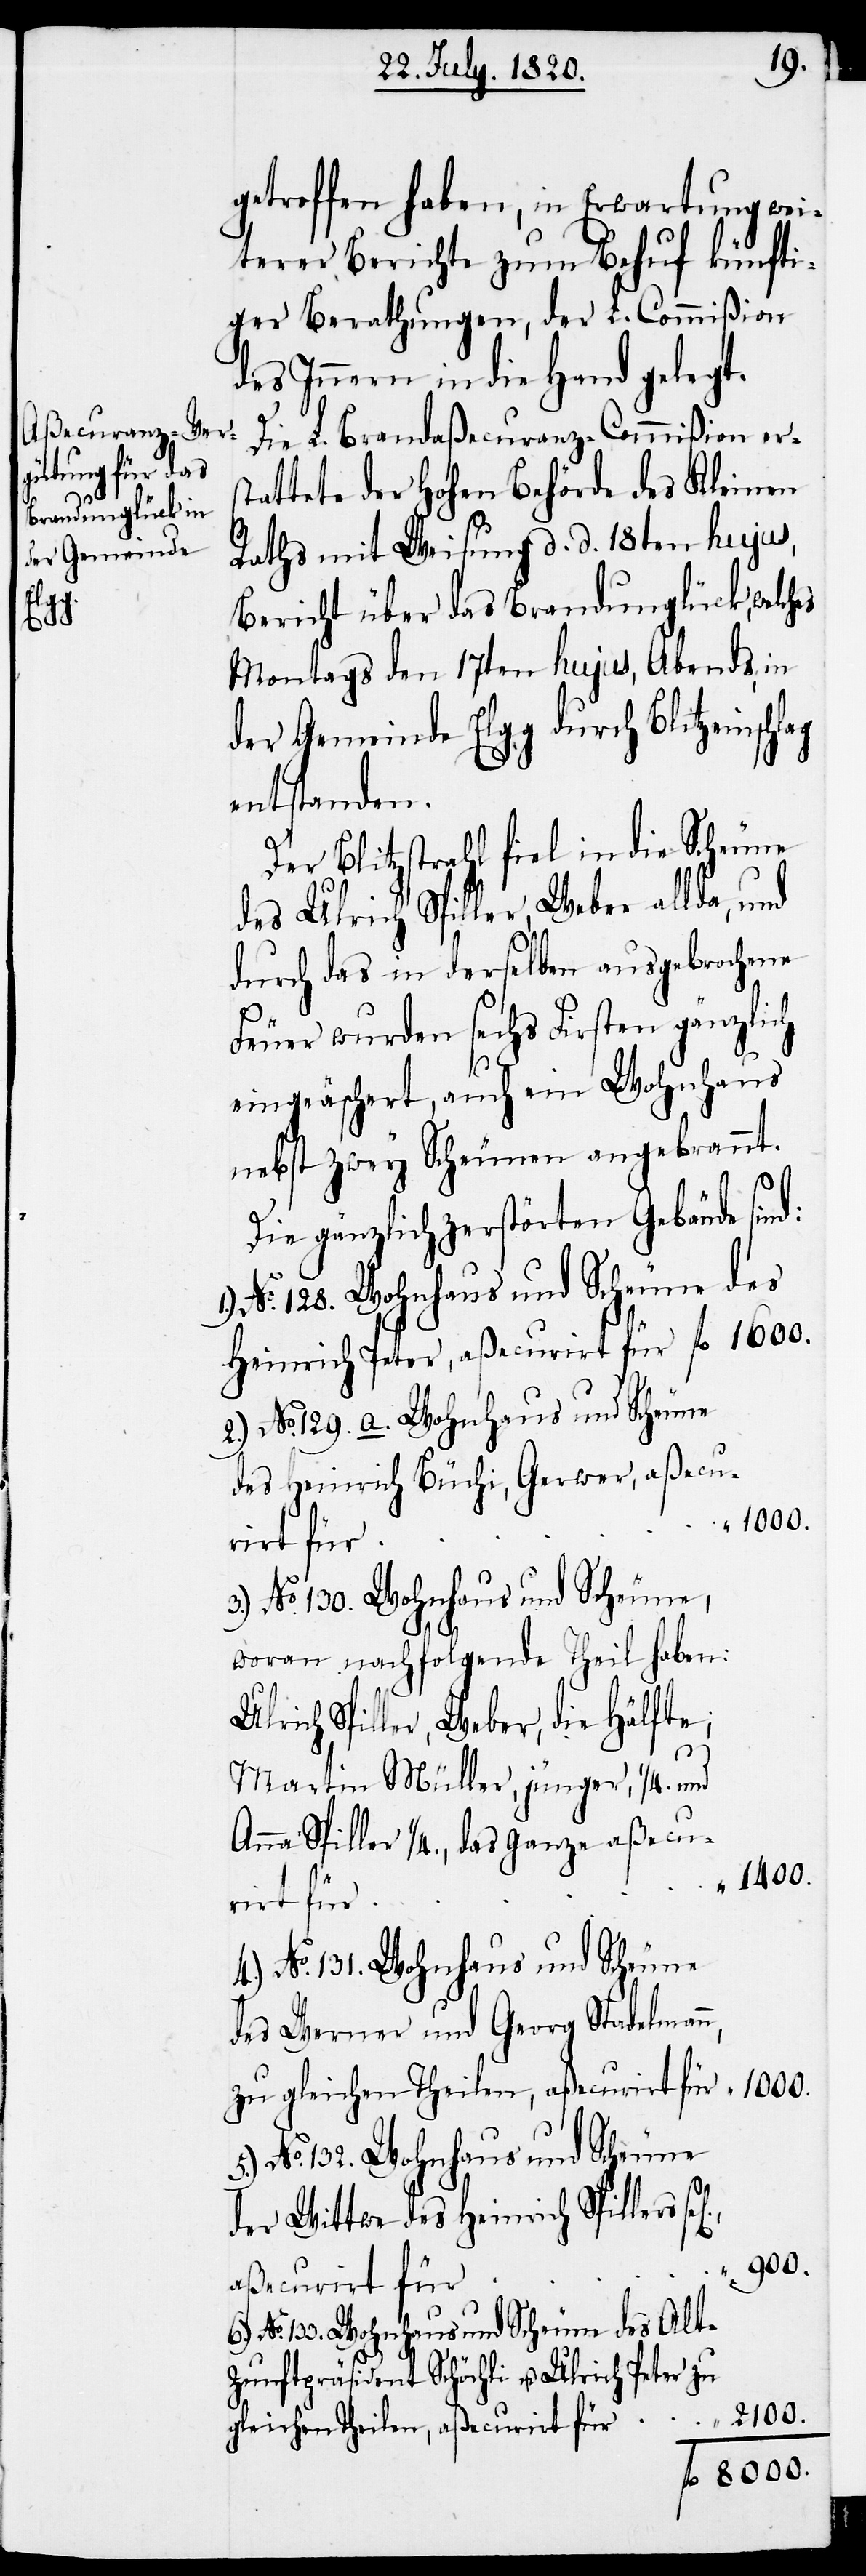
lag

getroffen haben, in Erwartung wei¬
terer Berichte zum Behuf künfti¬
ger Berathungen, der L. Commißion
des Innern in die Hand gelegt.
Die L. Brandaßecuranz-Commißion ers¬
tattete der hohen Behörde des Kleinen
Raths mit Weisung d. d. 18ten hujus,
Bericht über das Brandunglück, welches
Montags den 17ten hujus, Abends, in
der Gemeinde Elgg durch Blitzeinsch¬
entstanden.
Der Blitzstrahl fiel in die Scheune
des Ulrich Spiller, Weber allda, und
durch das in derselben ausgebrochene
Feuer wurden sechs Firsten gänzlich
eingeäschert, auch ein Wohnhaus
nebst zwey Scheuen angebrannt.
Die gänzlich zerstörten Gebäude sind:
No. 133. Wohnhaus und Scheune des
Heinrich Peter, aßecurirt für fl.	1600.
2.) No. 129. a. Wohnhaus und Scheune
des Heinrich Büchi, Gerwer,
No. 130. Wohnhaus und Scheune,
woran nachfolgende Theil haben:
Ulrich Spiller, Weber, die Hälfte;
u.
Martin Müller, jünger, 1/4. und
Anna Spiller 1/4., das ganze aßecu¬
5.) No. 132. Wohnhaus und Scheune
des Werner und Georg Stadelman¬
zu gleichen Theilen, aßecurirt
der Wittwe des Heinrich Spillers
gleichen Theilen, aßecurirt
fl.	8000.